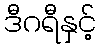
ဒီဂရီနှင့်